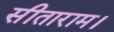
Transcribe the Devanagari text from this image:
सीताराम।